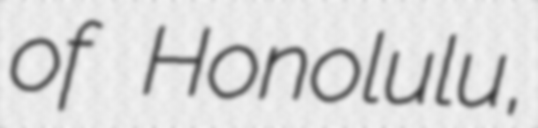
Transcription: of Honolulu,